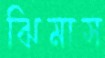
ঝিমাস